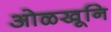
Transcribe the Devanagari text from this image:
ओळखूनि